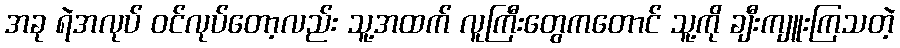
အခု ရဲအလုပ် ဝင်လုပ်တော့လည်း သူ့အထက် လူကြီးတွေကတောင် သူ့ကို ချီးကျူးကြသတဲ့